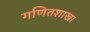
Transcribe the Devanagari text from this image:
गणितशाखा